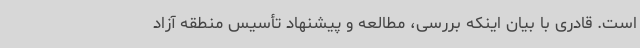
است. قادری با بیان اینکه بررسی، مطالعه و پیشنهاد تأسیس منطقه آزاد